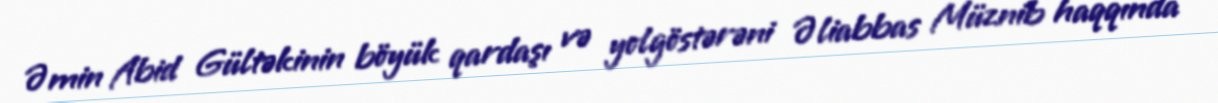
Əmin Abid Gültəkinin böyük qardaşı və yolgöstərəni Əliabbas Müznib haqqında